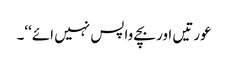
عورتیں اور بچے واپس نہیں ائے‘‘۔